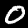
Digit: 0